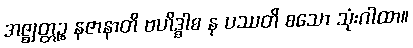
အဇ္ဈတ္တဉ္စ နဇာနာတိ ဗဟိဒ္ဓါစ န ပဿတိ စသော သုံးဂါထာ။